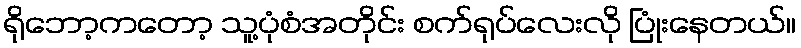
ရိုဘော့ကတော့ သူ့ပုံစံအတိုင်း စက်ရုပ်လေးလို ပြုံးနေတယ်။